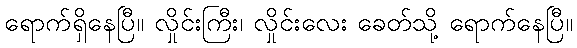
ရောက်ရှိနေပြီ၊၊ လှိုင်းကြီး၊ လှိုင်းလေး ခေတ်သို့ ရောက်နေပြီ။